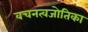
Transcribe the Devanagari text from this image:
वचनत्वजोतिका